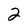
Character: 2